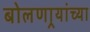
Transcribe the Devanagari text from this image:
बोलणार्‍यांच्या